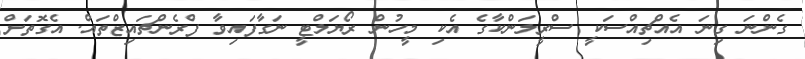
ގެންނަ ގިނަ އެއްޗިއްސަކީ ސްރީލަންކާގެ އެކި މީހުން ރޯޔަލްޓީ ނަގާފައިވާ ފްރެންޗައިޒްތައް. އެގޮތަށް